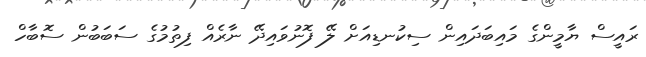
ރައީސް ޔާމީންގެ މައިބަދައިން ސިކުނޑިއަށް ލޭ ފޮނުވައިދޭ ނާރެއް ފިތުމުގެ ސަބަބުން ސޮބާހް